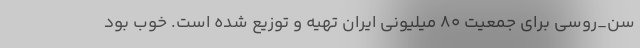
سن_روسی برای جمعیت ۸۰ میلیونی ایران تهیه و توزیع شده‌ است. خوب بود